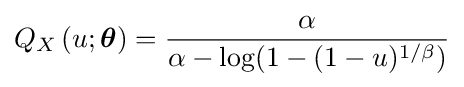
Q_{X}\left(u;{\boldsymbol {\theta }}\right)={\frac {\alpha }{\alpha -\log(1-(1-u)^{1/\beta })}}